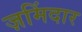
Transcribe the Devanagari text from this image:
ज़मिंदार